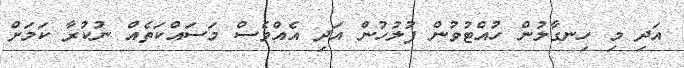
އަދި މި ހިނގާލުން ހުއްޓުވުން ފުލުހުން އަދި އެއްވެސް މަސައްކަތެއް ނުކުރާ ކަމަށް